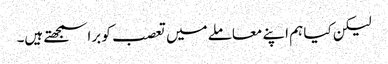
لیکن کیا ہم اپنے معاملے میں تعصب کو برا سمجھتے ہیں۔